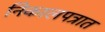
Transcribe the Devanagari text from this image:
निकालपत्रात